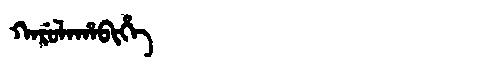
Manchu: ᡴᠠᡵᡠᠯᠠᡥᠠᠪᡳᡥᡝ
Romanization: KARULAHABIHE